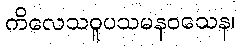
ကိလေသဝူပသမနဝသေန၊